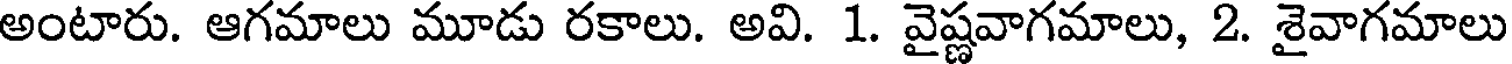
అంటారు. ఆగమాలు మూడు రకాలు. అవి. 1. వైష్ణవాగమాలు, 2. శైవాగమాలు